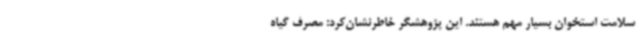
سلامت استخوان بسیار مهم هستند. این پژوهشگر خاطرنشان‌کرد: مصرف گیاه